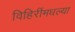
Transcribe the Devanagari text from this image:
विहिरींमधल्या